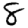
Digit: 8